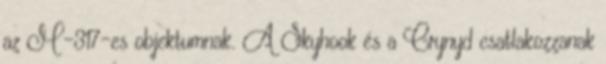
az M-317-es objektumnak. A Skyhook és a Crynyd csatlakozzanak